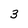
Character: 3